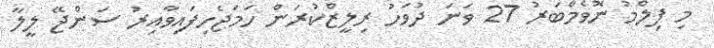
މި ފިލްމު ނޮވެމްބަރު 27 ވަނަ ދުވަހު ރިލީޒްކުރަން ހަމަޖެހިފައިވާއިރު ސަންޖޭ ލީލާ